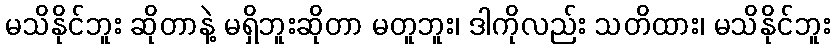
မသိနိုင်ဘူး ဆိုတာနဲ့ မရှိဘူးဆိုတာ မတူဘူး၊ ဒါကိုလည်း သတိထား၊ မသိနိုင်ဘူး